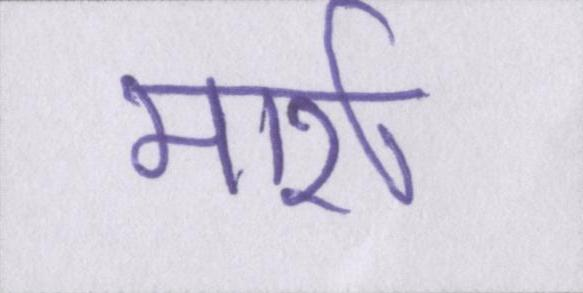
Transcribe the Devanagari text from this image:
मार्श